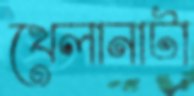
খেলানাটা